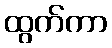
ထွက်ကာ